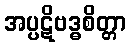
အပ္ပဋိဗဒ္ဓစိတ္တာ